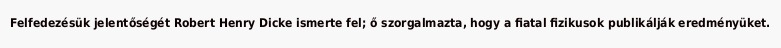
Felfedezésük jelentőségét Robert Henry Dicke ismerte fel; ő szorgalmazta, hogy a fiatal fizikusok publikálják eredményüket.